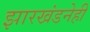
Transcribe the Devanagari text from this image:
झारखंडनेही